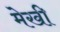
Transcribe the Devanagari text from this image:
मेखी